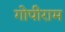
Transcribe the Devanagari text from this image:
गोपीराम